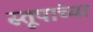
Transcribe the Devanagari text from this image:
स्तूपांच्या